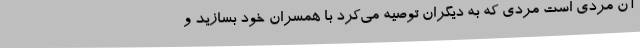
آن مردی است مردی که به دیگران توصیه می‌کرد با همسران خود بسازید و